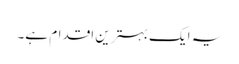
یہ ایک بہترین اقدام ہے۔